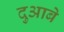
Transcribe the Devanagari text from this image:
दुआबे